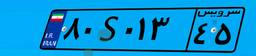
۸۰S۰۱۳۴۵